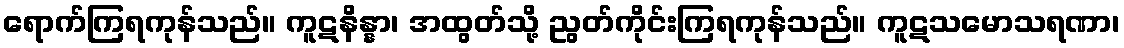
ရောက်ကြရကုန်သည်။ ကူဋနိန္နာ၊ အထွတ်သို့ ညွတ်ကိုင်းကြရကုန်သည်။ ကူဋသမောသရဏာ၊